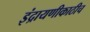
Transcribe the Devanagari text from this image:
इंद्रायणीकाठीच